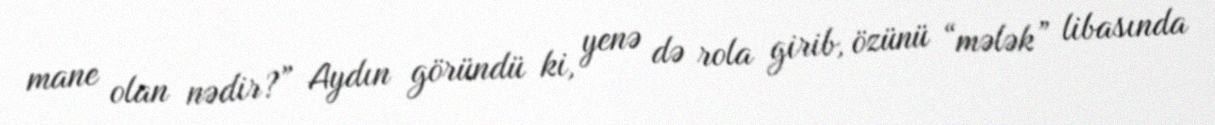
mane olan nədir?” Aydın göründü ki, yenə də rola girib, özünü “mələk” libasında